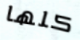
كلها